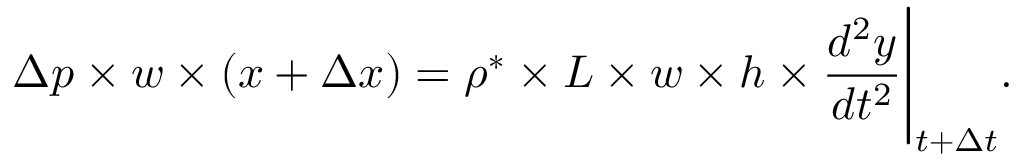
\Delta p \times w \times ( x + \Delta x ) = \rho ^ { * } \times L \times w \times h \times \frac { d ^ { 2 } y } { d t ^ { 2 } } \Bigg \rvert _ { t + \Delta t } .